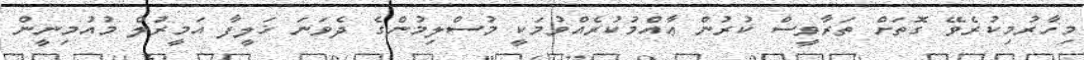
މިހާރުމިކުރެވޭ ގޮތަށް ތަރާވީސް ކުރުން ޢާއްމުކުރެއްވުމަކީ މުސްލިމުންގެ ދެވަނަ ޚަލީފާ އަމީރުލް މުއުމިނީން